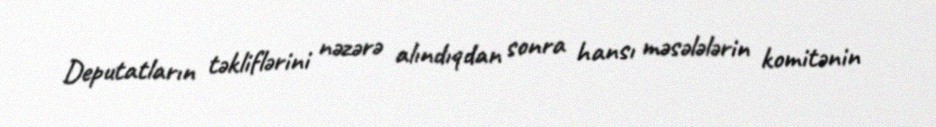
Deputatların təkliflərini nəzərə alındıqdan sonra hansı məsələlərin komitənin